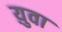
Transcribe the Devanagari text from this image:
य़ुवा